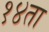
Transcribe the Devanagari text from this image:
१४ता